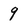
Character: 9